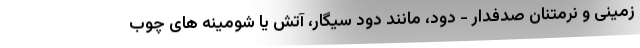
زمینی و نرمتنان صدفدار - دود، مانند دود سیگار، آتش یا شومینه های چوب